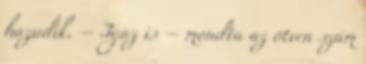
hazudik. – Igaz is – mondta az ötven szám